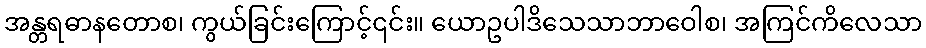
အန္တရဓာနတောစ၊ ကွယ်ခြင်းကြောင့်၎င်း။ ယောဥပါဒိသေသာဘာဝေါစ၊ အကြင်ကိလေသာ